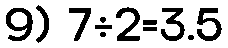
9) 7÷2=3.5